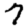
Digit: 7